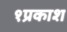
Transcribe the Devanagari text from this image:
१प्रकाश